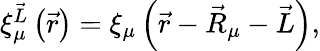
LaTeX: \begin{array}{r}{\xi_{\mu}^{\vec{L}}\left(\vec{r}\right)=\xi_{\mu}\left(\vec{r}-\vec{R}_{\mu}-\vec{L}\right),}\end{array}